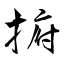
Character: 捬